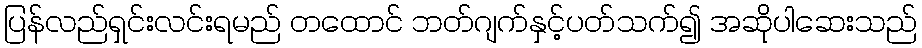
ပြန်လည်ရှင်းလင်းရမည် တထောင် ဘတ်ဂျက်နှင့်ပတ်သက်၍ အဆိုပါဆေးသည်